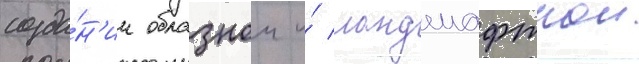
созда́н'ии образнои и́ ландшафтнои